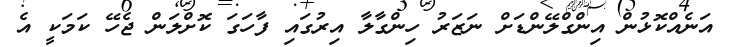
އަނެއްކޮޅުން އިންގްލޭންޑަށް ނަޒަރު ހިންގާލާ އިރުގައި ފާހަގަ ކޮށްލަން ޖެހޭ ކަމަކީ އެ